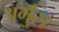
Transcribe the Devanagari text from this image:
अर्गुस